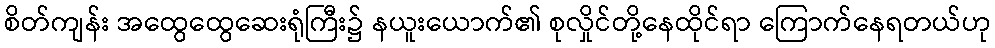
စိတ်ကျန်း အထွေထွေဆေးရုံကြီး၌ နယူးယောက်၏ စုလှိုင်တို့နေထိုင်ရာ ကြောက်နေရတယ်ဟု